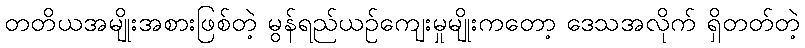
တတိယအမျိုးအစားဖြစ်တဲ့ မွန်ရည်ယဉ်ကျေးမှုမျိုးကတော့ ဒေသအလိုက် ရှိတတ်တဲ့